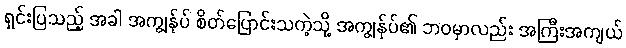
ရှင်းပြသည့် အခါ အကျွန်ုပ် စိတ်ပြောင်းသကဲ့သို့ အကျွန်ုပ်၏ ဘဝမှာလည်း အကြီးအကျယ်